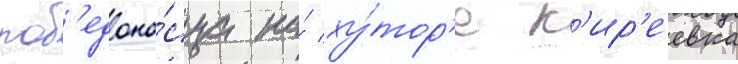
поб'едоно́сца на́ ху́тор'е к'ир'еевка